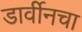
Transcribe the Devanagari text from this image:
डार्वीनचा